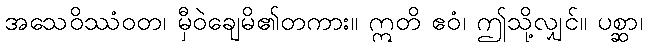
အသေဝိဿံဝတ၊ မှီဝဲချေမိ၏တကား။ ဣတိ ဧဝံ၊ ဤသို့လျှင်။ ပစ္ဆာ၊